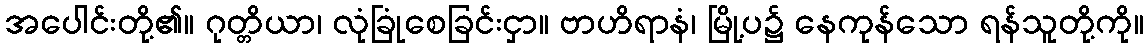
အပေါင်းတို့၏။ ဂုတ္တိယာ၊ လုံခြုံစေခြင်းငှာ။ ဗာဟိရာနံ၊ မြို့ပ၌ နေကုန်သော ရန်သူတို့ကို။